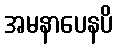
အမနာပေနပိ